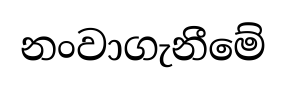
නංවාගැනීමේ